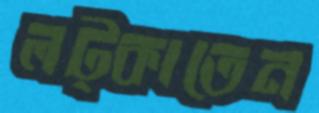
লট্‌কাতেন